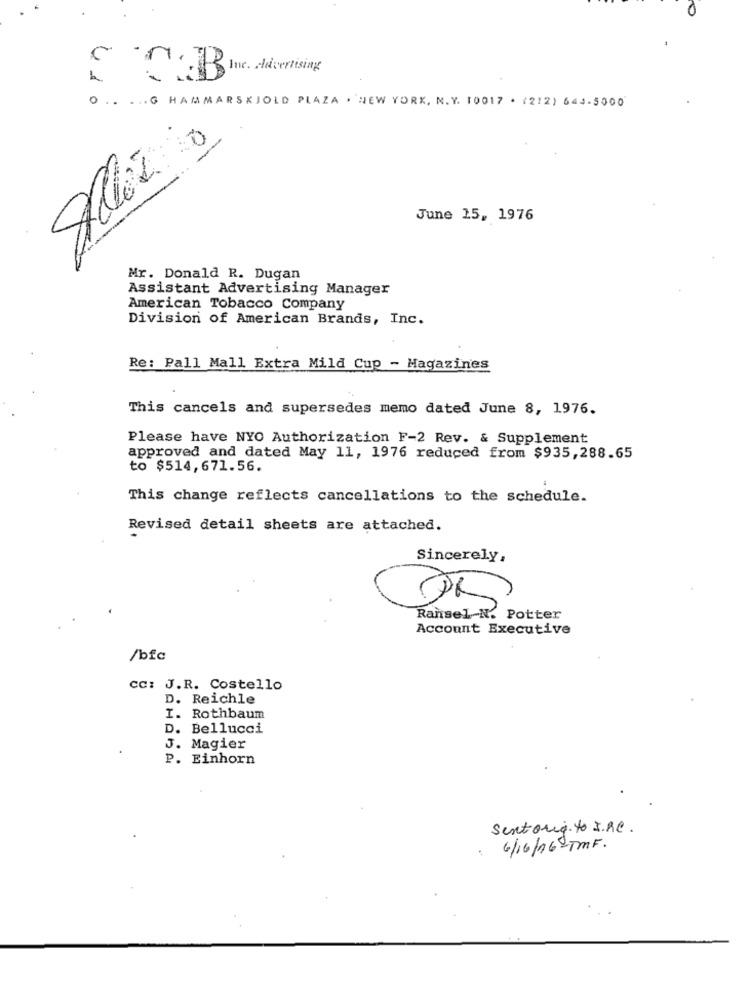
he .- Åring
STB
. .. . .. G HAMMARSKJOLD PLAZA . NEW YORK, N. Y. 10017 . (212) 644-5000
Allez
June 15, 1976
Mr. Donald R. Dugan
Assistant Advertising Manager
American Tobacco Company
Division of American Brands, Inc.
Re: Pall Mall Extra Mild Cup - Magazines
This cancels and supersedes memo dated June 8, 1976.
Please have NYO Authorization F-2 Rev. & Supplement
approved and dated May 11, 1976 reduced from $935, 288.65
to $514,671.56.
This change reflects cancellations to the schedule.
Revised detail sheets are attached.
Sincerely,
Ransel-N. Potter
Account Executive
/bfc
cc: J.R. Costello
D. Reichle
I. Rothbaum
D. Bellucci
J. Magier
P. Einhorn
Sentorg. to I.De.
6/16/16-TMF.